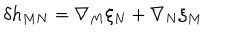
LaTeX: \delta h _ { M N } = \nabla _ { M } \xi _ { N } + \nabla _ { N } \xi _ { M }